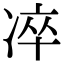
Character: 𠗚